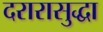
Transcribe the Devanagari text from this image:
दरारासुद्धा